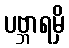
ပဗ္ဘာရမှိ